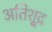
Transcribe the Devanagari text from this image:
अतिशू्द्र